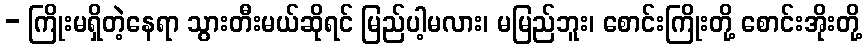
- ကြိုးမရှိတဲ့နေရာ သွားတီးမယ်ဆိုရင် မြည်ပါ့မလား၊ မမြည်ဘူး၊ စောင်းကြိုးတို့ စောင်းအိုးတို့